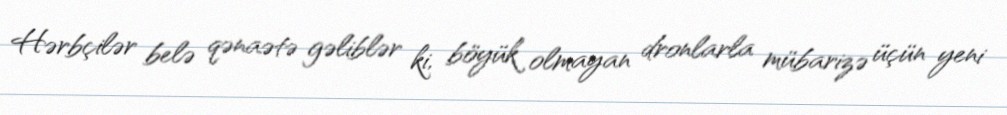
Hərbçilər belə qənaətə gəliblər ki, böyük olmayan dronlarla mübarizə üçün yeni